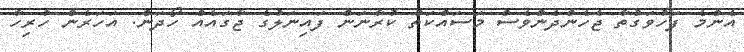
އެންމެ ފަހުވަގުތާ ޖެހެންދެންވެސް މަސައްކަތް ކުރާނަން ފައިނަލުގެ ޖާގައެއް ހޯދަން. އަހަރެން ހުރިހާ